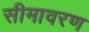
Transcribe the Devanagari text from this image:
सीमावरण